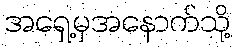
အရှေ့မှအနောက်သို့